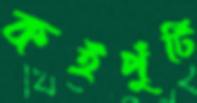
কইপুঁটি